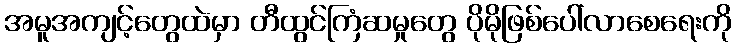
အမူအကျင့်တွေထဲမှာ တီထွင်ကြံဆမှုတွေ ပိုမိုဖြစ်ပေါ်လာစေရေးကို